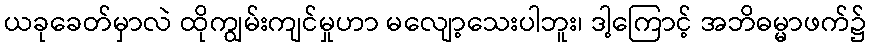
ယခုခေတ်မှာလဲ ထိုကျွမ်းကျင်မှုဟာ မလျော့သေးပါဘူး၊ ဒါ့ကြောင့် အဘိဓမ္မာဖက်၌